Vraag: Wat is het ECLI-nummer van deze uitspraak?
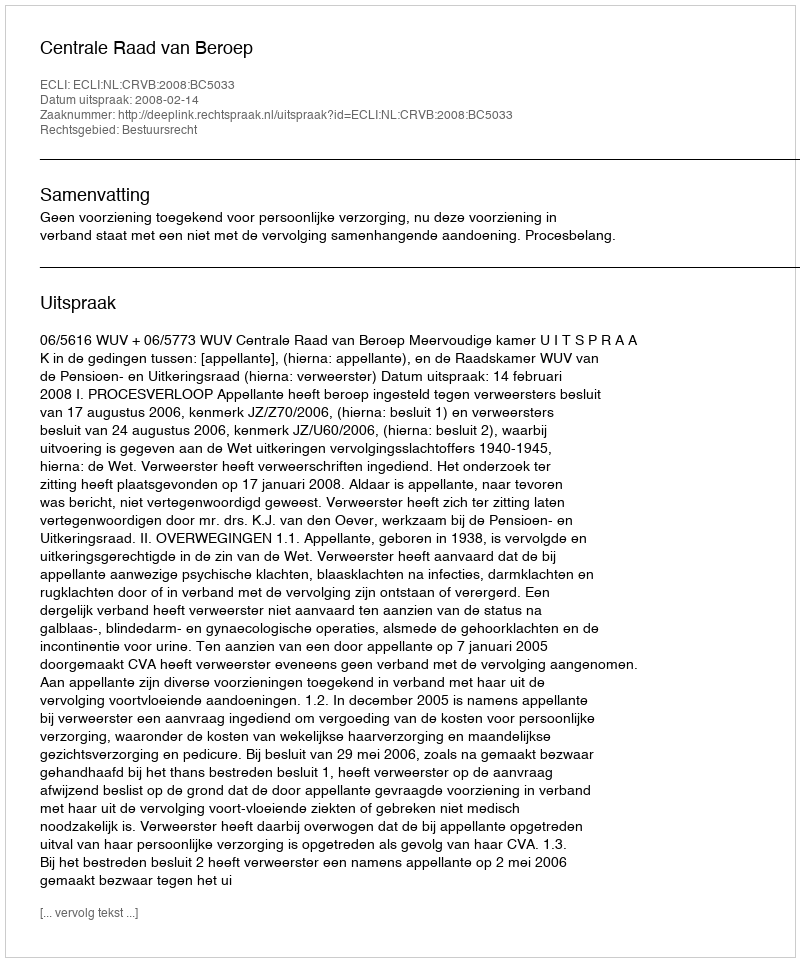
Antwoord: ECLI:NL:CRVB:2008:BC5033